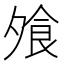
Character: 飧